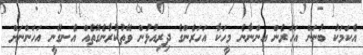
އެކަމަކު ބުނަން އަހަރެން އިންނާނެ މީހަކާ އަހަރެންގެ ދިރިއުޅުން ވޭތުކުރާނެގޮތެއް އެނގޭނީ އަހަންނަށް